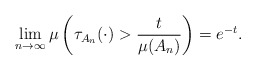
\begin{align*}\lim_{n\to \infty}\mu\left(\tau_{A_n}(\cdot)>\frac t{\mu(A_n)} \right)=e^{- t}.\end{align*}